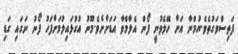
ފަތިސްވަގުތެވެ.ޔުމްނާ އަށް ހޭލެވުނީ ފޯން އެލާމްވާ އަޑަށްށެވެ.މޫނު އުގުޅައިލުމަށްފަހު ފޯނު ނަގައި ގަޑި